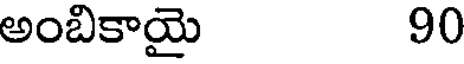
అంబికాయై 90